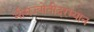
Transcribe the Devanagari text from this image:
भीमज्योतीदरम्यान